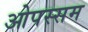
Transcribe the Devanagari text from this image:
ओपस्सम